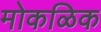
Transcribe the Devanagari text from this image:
मोकळिक